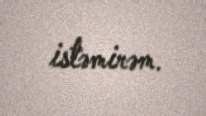
istəmirəm.